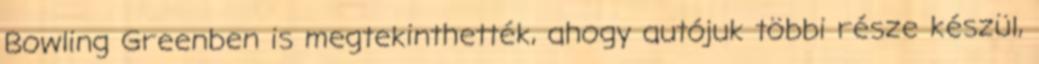
Bowling Greenben is megtekinthették, ahogy autójuk többi része készül,